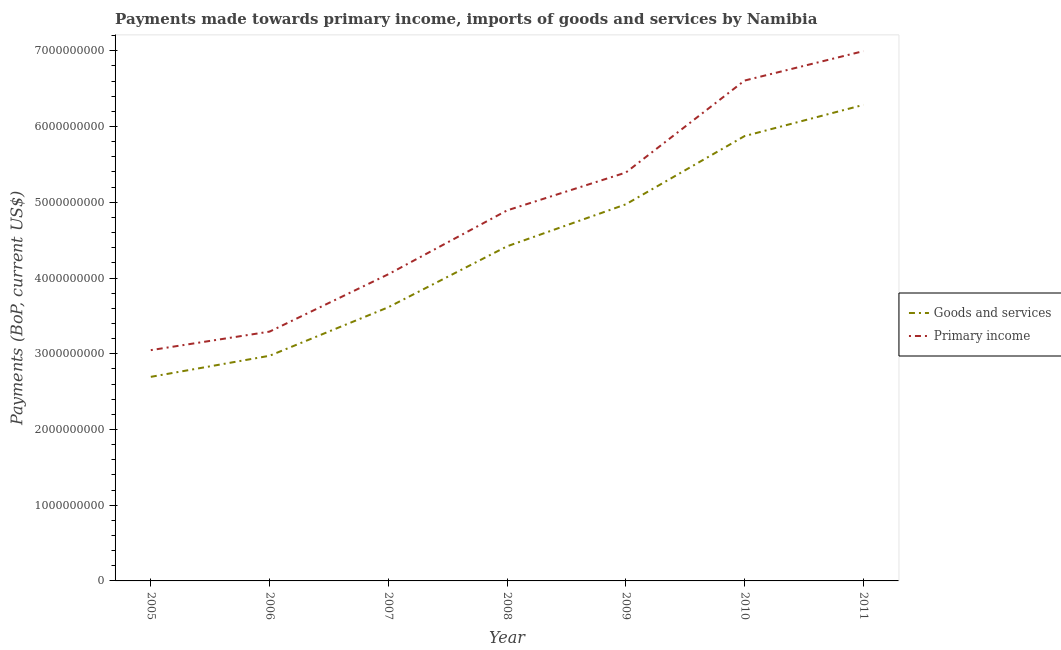
| Year | Goods and services | Primary income |
 | --- | --- | --- |
 | 2005 | 2.69e+09 | 3.05e+09 |
 | 2006 | 2.97e+09 | 3.29e+09 |
 | 2007 | 3.61e+09 | 4.05e+09 |
 | 2008 | 4.42e+09 | 4.89e+09 |
 | 2009 | 4.97e+09 | 5.39e+09 |
 | 2010 | 5.87e+09 | 6.61e+09 |
 | 2011 | 6.29e+09 | 7e+09 |